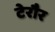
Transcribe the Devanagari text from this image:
टेरौर